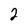
Character: 2